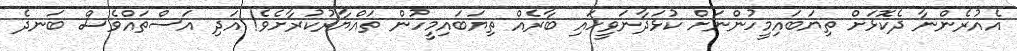
އެއުރެންނާ ދެކޮޅަށް ތިޔަބައިމީހުންނަށް ކުޅަދާނަވީހައި ބާރެއް ތިޔަބައިމީހުން ތައްޔާރުކުރާށެވެ! އަދި އަސްތައްވެސް ބަނދެ